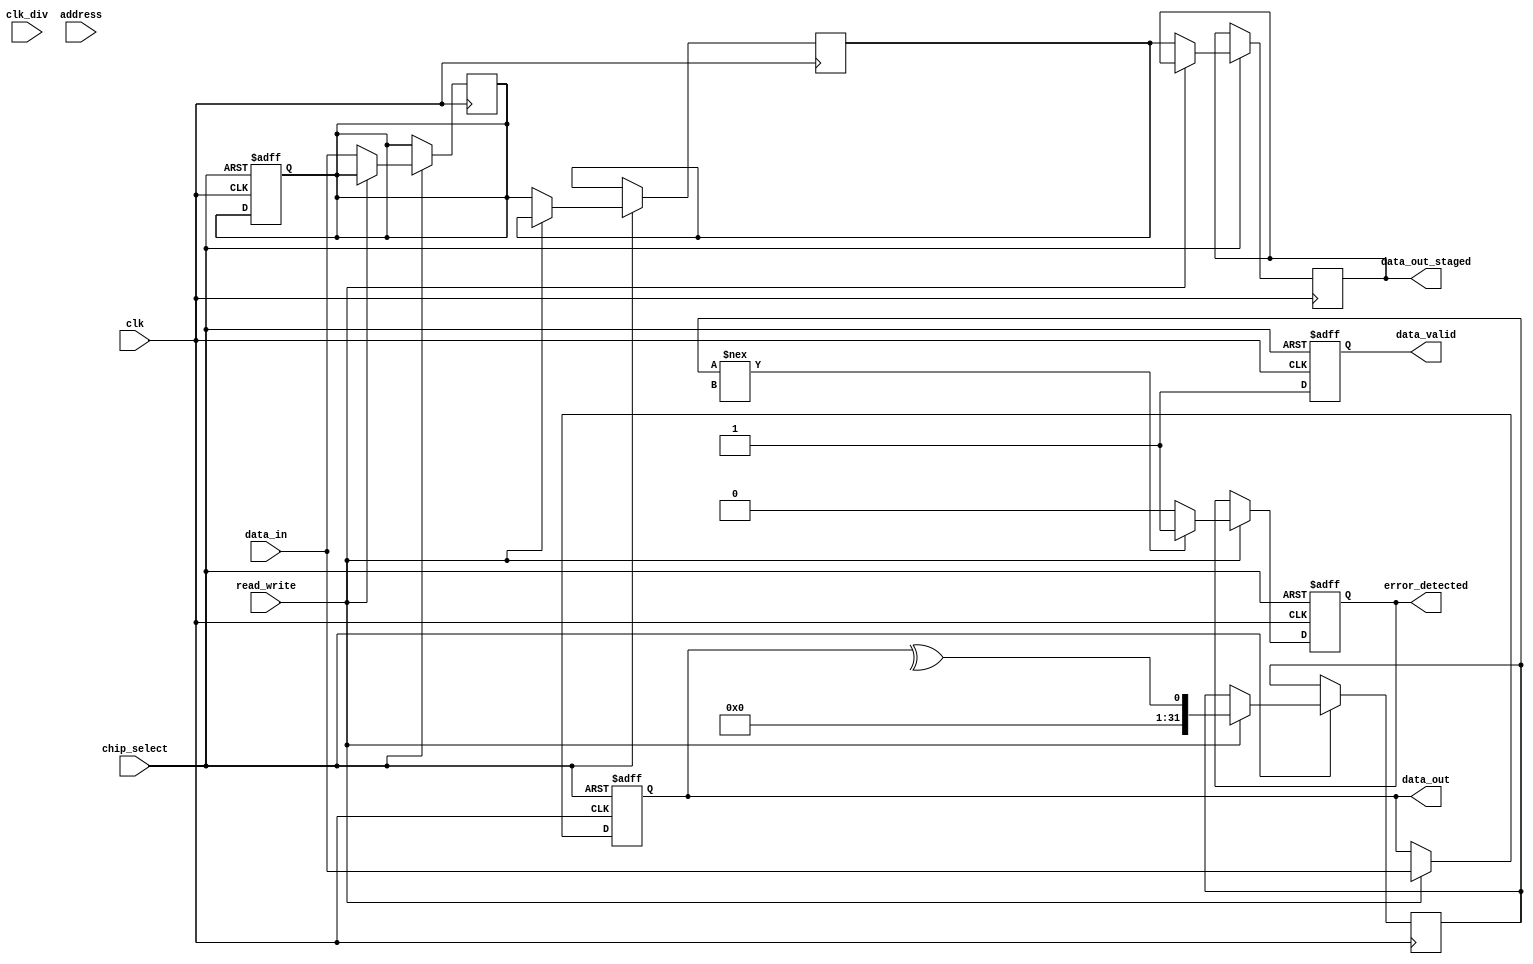
module gddr_io_block #(
    parameter DATA_WIDTH = 32, // Configurable data width (16, 32, 64)
    parameter ADDR_WIDTH = 16   // Address width for GDDR memory
)(
    input wire clk,               // Input clock
    input wire clk_div,           // Divided clock for internal operations
    input wire chip_select,       // Chip select signal
    input wire read_write,        // Read (1) / Write (0) control signal
    input wire [ADDR_WIDTH-1:0] address, // Address lines
    input wire [DATA_WIDTH-1:0] data_in, // Data input from GDDR memory
    output reg [DATA_WIDTH-1:0] data_out, // Data output to GDDR memory
    output reg data_valid,        // Data valid signal
    output reg error_detected,    // Error detection signal
    output reg [DATA_WIDTH-1:0] data_out_staged // Staged data output
);

// Internal registers
reg [DATA_WIDTH-1:0] data_reg;
reg [DATA_WIDTH-1:0] data_buffer;
reg [DATA_WIDTH-1:0] parity_bit; // Simple parity for error detection
reg [ADDR_WIDTH-1:0] address_reg;

// Clocking for double data rate
always @(posedge clk or negedge chip_select) begin
    if (!chip_select) begin
        // Reset logic
        data_reg <= 0;
        data_out <= 0;
        data_valid <= 0;
        error_detected <= 0;
        address_reg <= 0;
    end else begin
        // Capture address on rising edge
        address_reg <= address;

        // Read operation
        if (read_write) begin
            data_out <= data_in; // Capture data from GDDR memory
            data_valid <= 1; // Indicate data is valid
            // Simple parity check
            parity_bit <= ^data_out; // Calculate parity
            if (parity_bit !== data_in[DATA_WIDTH]) begin
                error_detected <= 1; // Error detected
            end else begin
                error_detected <= 0; // No error
            end
        end
        // Write operation
        else begin
            data_buffer <= data_reg; // Stage data for output
            data_out_staged <= data_buffer; // Output staged data
            data_valid <= 1; // Indicate data is valid
        end
    end
end

// Capture data on falling edge for double data rate
always @(negedge clk) begin
    if (chip_select) begin
        if (!read_write) begin
            data_reg <= data_in; // Capture data for write operation
        end
    end
end

endmodule